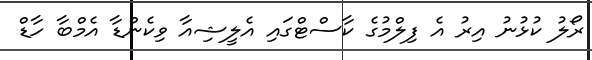
ރޯލު ކުޅުނު އިރު އެ ފިލްމުގެ ކާސްޓްގައި އެލީޝިއާ ވިކެންޑާ އެމްބާ ހާޑް